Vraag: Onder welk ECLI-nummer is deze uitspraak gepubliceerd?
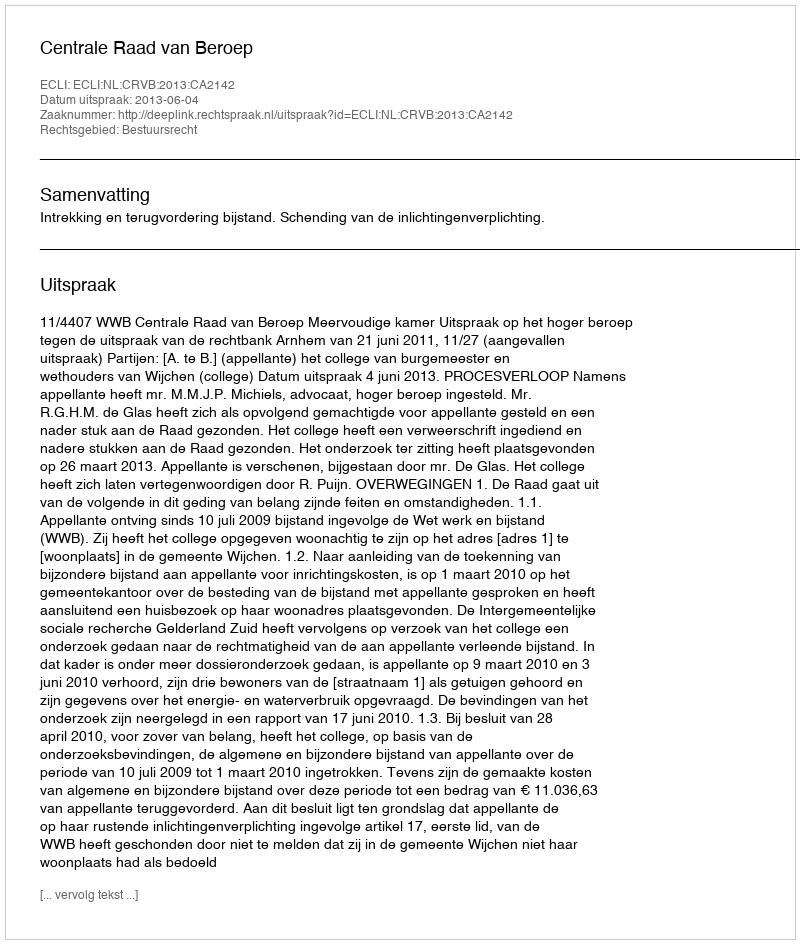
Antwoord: ECLI:NL:CRVB:2013:CA2142